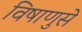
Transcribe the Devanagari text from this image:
विषाणुसे